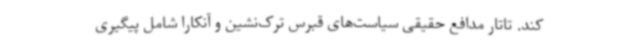
کند. تاتار مدافع حقیقی سیاست‌های قبرس ترک‌نشین و آنکارا شامل پیگیری